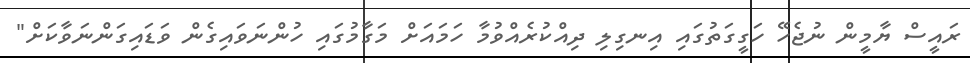
ރައީސް ޔާމީން ނުޖެހޭ ހަގީގަތުގައި އިނގިލި ދިއްކުރެއްވުމާ ހަމައަށް މަގާމުގައި ހުންނަވައިގެން ވަޑައިގަންނަވާކަށް"